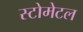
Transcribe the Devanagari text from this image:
स्टोमेटल